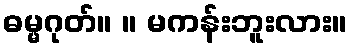
ဓမ္မဂုတ်။ ။ မကန်းဘူးလား။